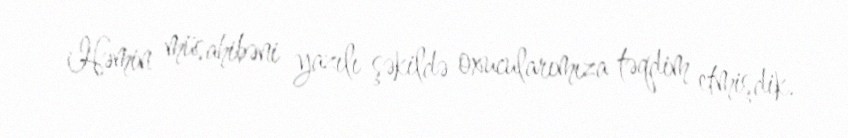
Həmin müsahibəni yazılı şəkildə oxucularımıza təqdim etmişdik.